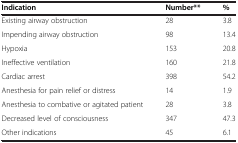
| Indication | Number** | % |
 | --- | --- | --- |
 | Existing airway obstruction | 28 | 3.8 |
 | Impending airway obstruction | 98 | 13.4 |
 | Hypoxia | 153 | 20.8 |
 | Ineffective ventilation | 160 | 21.8 |
 | Cardiac arrest | 398 | 54.2 |
 | Anesthesia for pain relief or distress | 14 | 1.9 |
 | Anesthesia to combative or agitated patient | 28 | 3.8 |
 | Decreased level of consciousness | 347 | 47.3 |
 | Other indications | 45 | 6.1 |